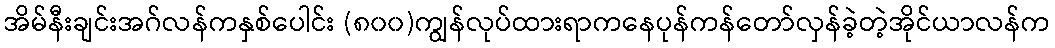
အိမ်နီးချင်းအဂ်လန်ကနှစ်ပေါင်း (၈၀၀)ကျွန်လုပ်ထားရာကနေပုန်ကန်တော်လှန်ခဲ့တဲ့အိုင်ယာလန်က